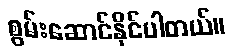
စွမ်းဆောင်နိုင်ပါတယ်။